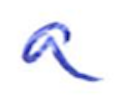
Text: a
Cross-out: clean
Writing tool: ballpoint